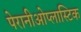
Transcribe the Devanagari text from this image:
पेरानीओप्लास्टिक